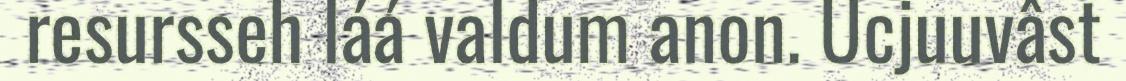
resursseh láá valdum anon. Ucjuuvâst